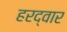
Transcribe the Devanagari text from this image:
हरद्वार